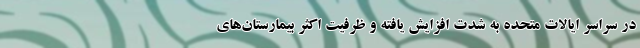
در سراسر ایالات متحده به شدت افزایش یافته و ظرفیت اکثر بیمارستان‌های